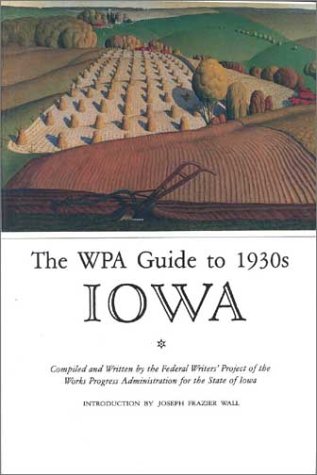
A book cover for The WPA Guide to 1930s Iowa; Joseph Frazier Wall; Travel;